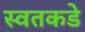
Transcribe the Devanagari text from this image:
स्वतकडे